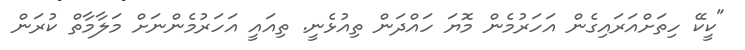
"ކީކޭ ހިތަށްއަރައިގެން އަހަރުމެން މޮޔަ ހައްދަން ތިއުޅެނީ. ތިއައީ އަހަރުމެންނަށް މަލާމާތް ކުރަން